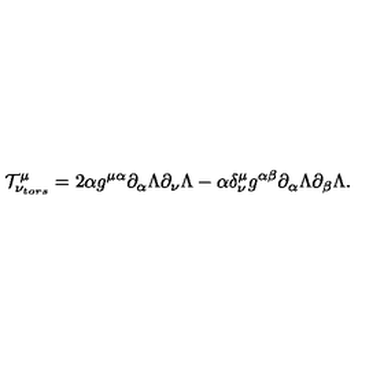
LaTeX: { \cal T } _ { \nu _ { t o r s } } ^ { \mu } = 2 \alpha g ^ { \mu \alpha } \partial _ { \alpha } \Lambda \partial _ { \nu } \Lambda - \alpha \delta _ { \nu } ^ { \mu } g ^ { \alpha \beta } \partial _ { \alpha } \Lambda \partial _ { \beta } \Lambda .